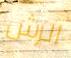
الرش